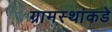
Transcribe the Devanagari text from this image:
ग्रामस्‍थांकडे